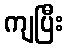
ကျပြီး